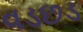
વડછડ